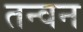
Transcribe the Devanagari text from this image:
तन्वन